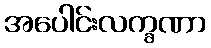
အပေါင်းလက္ခဏာ